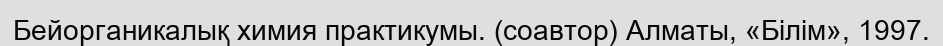
Бейорганикалық химия практикумы. (соавтор) Алматы, «Білім», 1997.